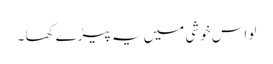
لو اس خوشی میں یہ پیڑے کھا ۔